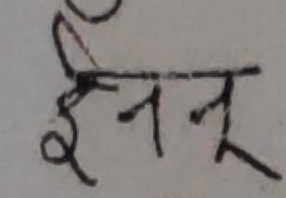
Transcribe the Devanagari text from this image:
इनन्